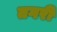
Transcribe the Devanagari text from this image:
तगरी